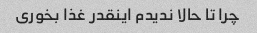
چرا تا حالا ندیدم اینقدر غذا بخوری